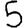
Digit: 5